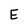
Character: E